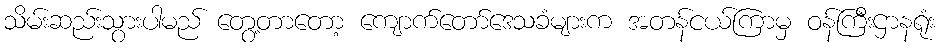
သိမ်းဆည်းသွားပါမည် တွေ့တာတော့ ကျောက်တော်ဒေသခံများက အတန်ငယ်ကြာမှ ဝန်ကြီးဌာနရုံး